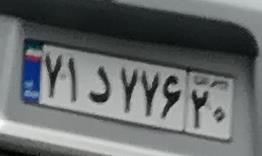
۷۱د۷۷۶۲۰